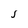
Character: S